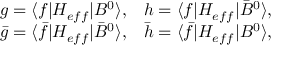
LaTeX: \begin{array} { l l } { { g = \langle f | H _ { e f f } | B ^ { 0 } \rangle , } } & { { h = \langle f | H _ { e f f } | \bar { B } ^ { 0 } \rangle , } } \\ { { \bar { g } = \langle \bar { f } | H _ { e f f } | \bar { B } ^ { 0 } \rangle , } } & { { \bar { h } = \langle \bar { f } | H _ { e f f } | B ^ { 0 } \rangle , } } \end{array}